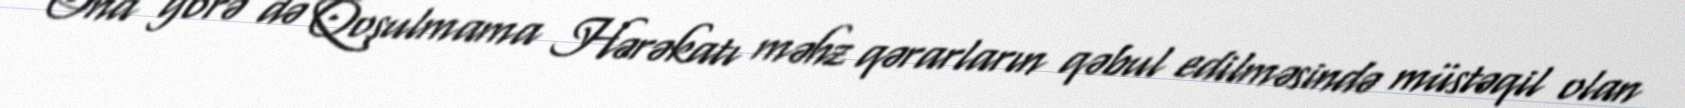
Ona görə də Qoşulmama Hərəkatı məhz qərarların qəbul edilməsində müstəqil olan